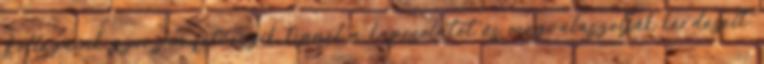
Kollégáink gyorsan felveszik Önnel a kapcsolatot és megválaszolják kérdéseit.